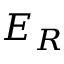
E _ { R }